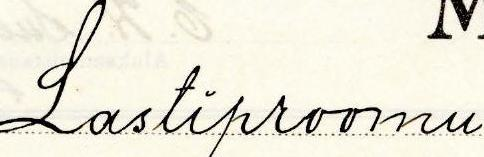
Lastiproomu